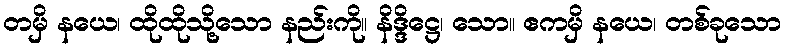
တမှိ နယေ၊ ထိုထိုသို့သော နည်းကို။ နိဒ္ဒိဋ္ဌေ၊ သော။ ဧကမှိ နယေ၊ တစ်ခုသော